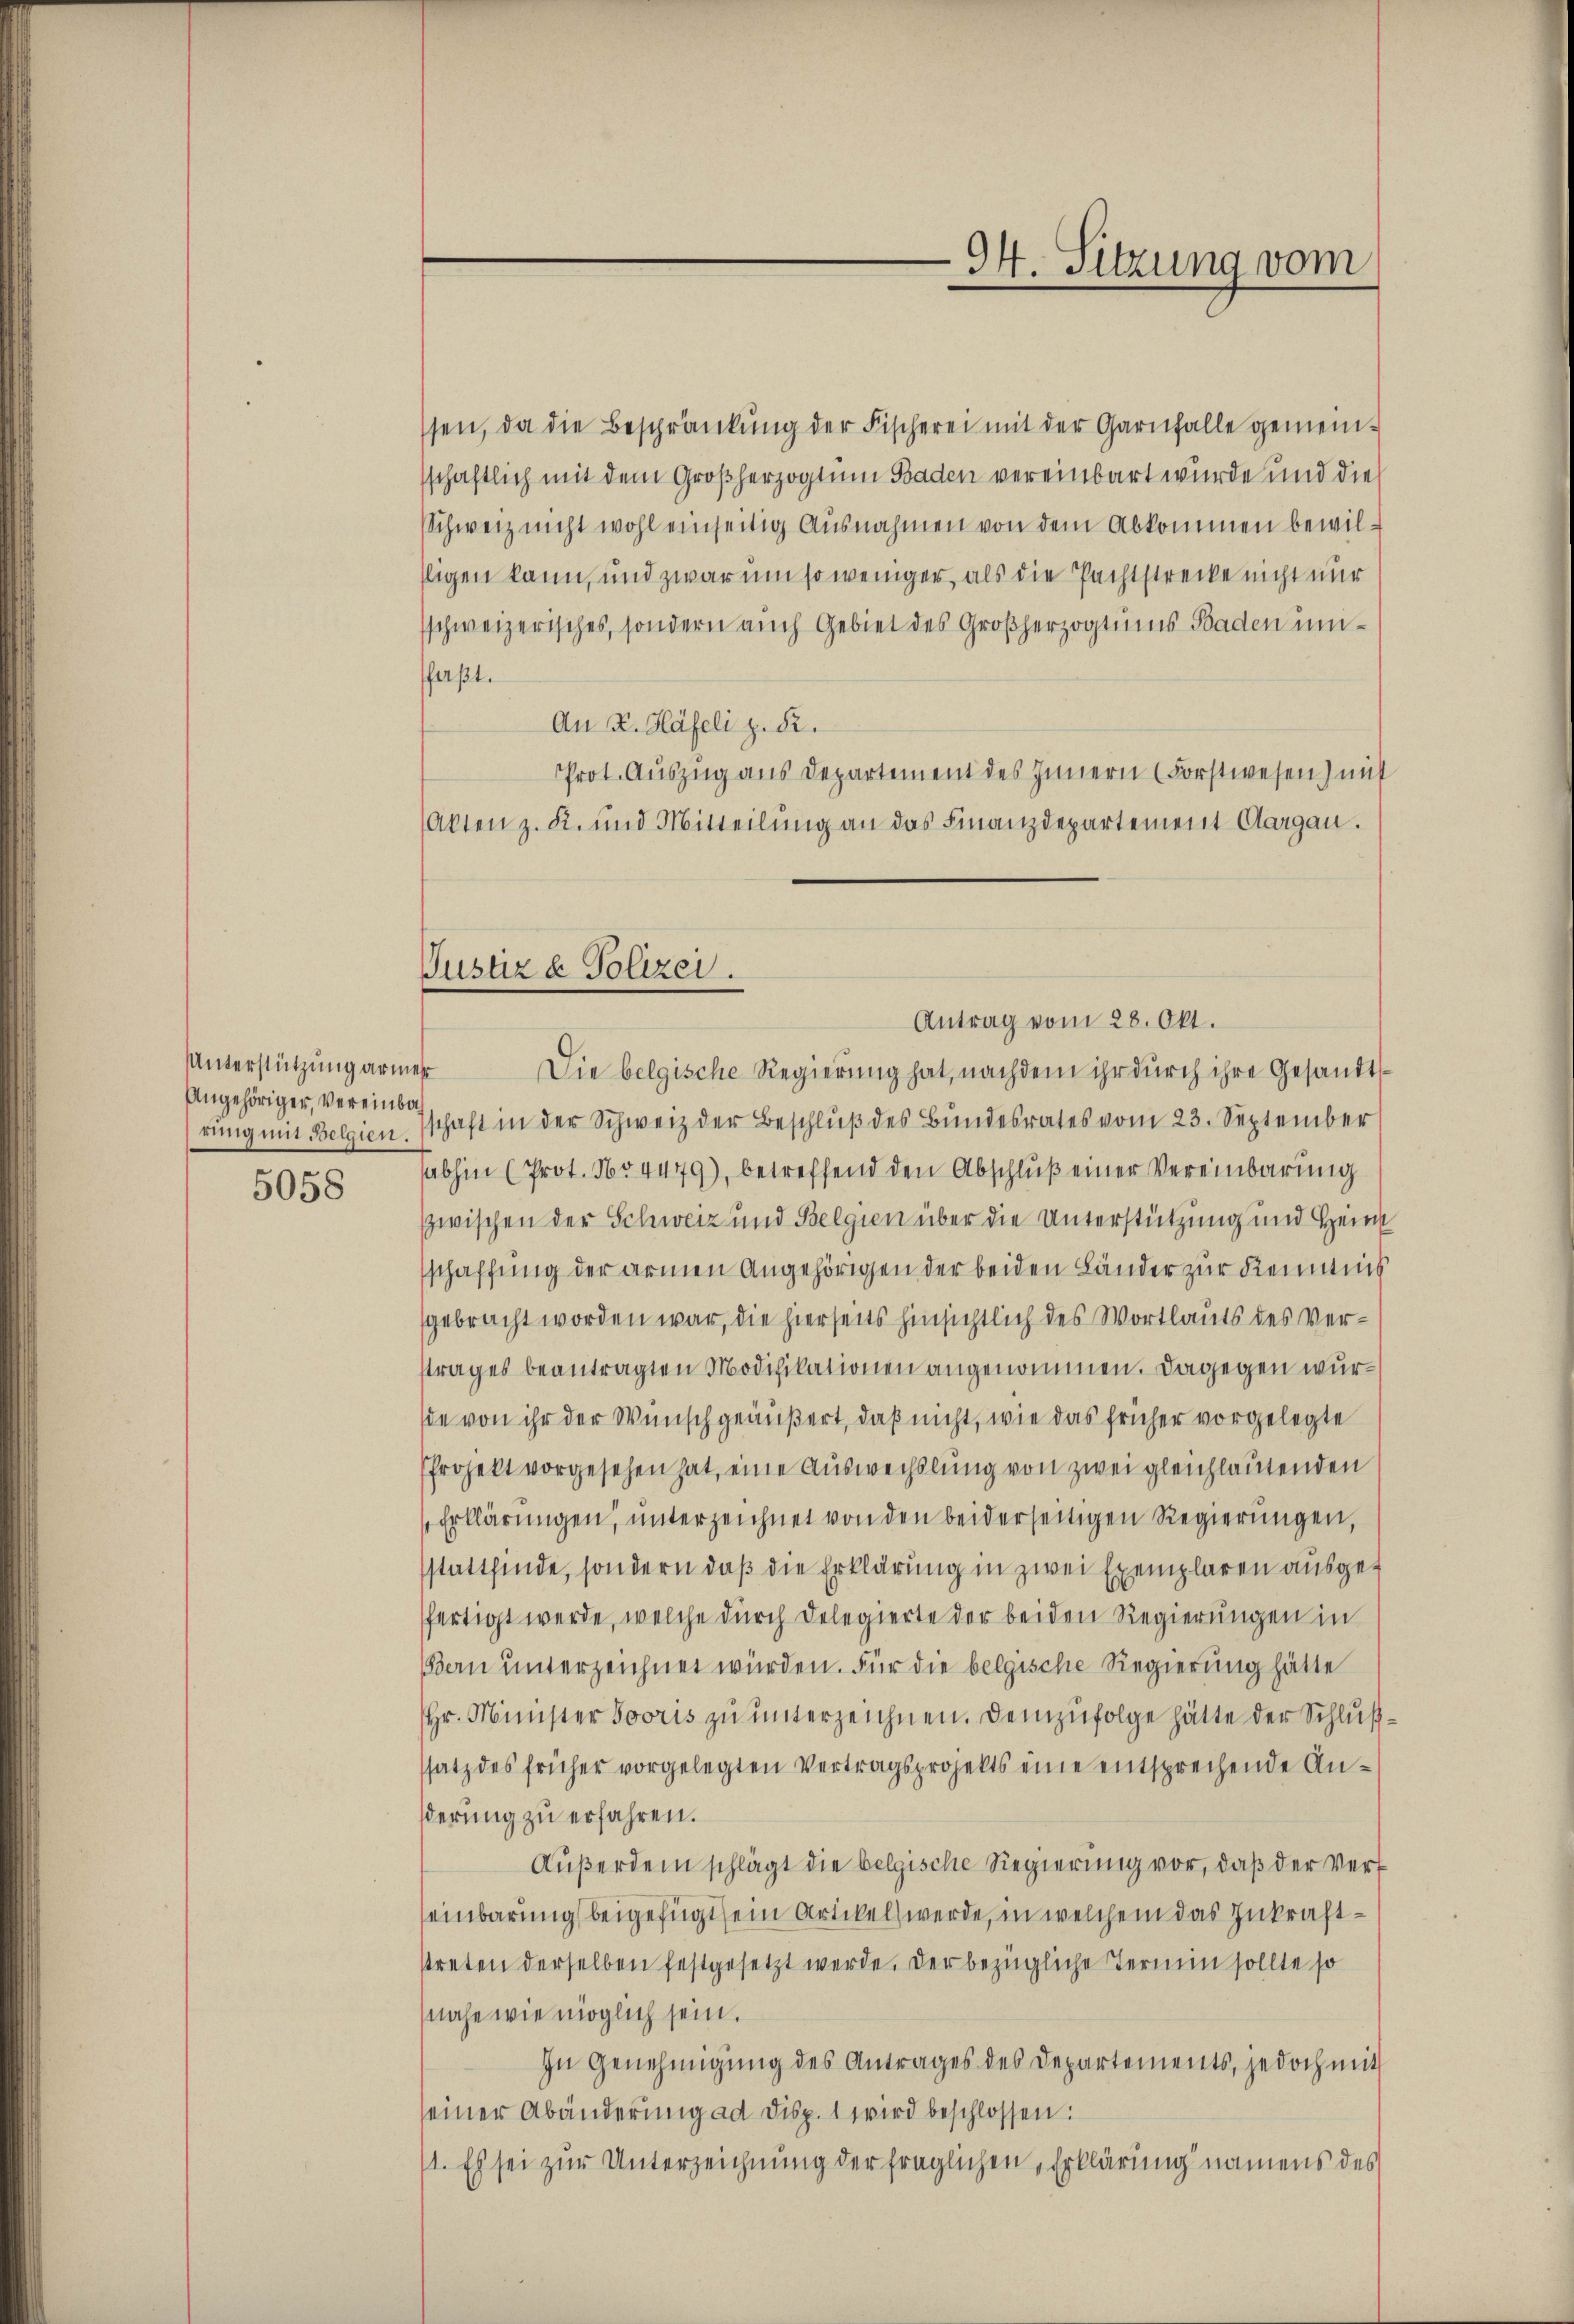
Unterstützung armer
Angehöriger, Vereinba
rung mit Belgien.
5058

Justiz & Polizei

ssen, da die Beschränkung der Fischerei mit der Garnfalle gemeinschaftlich mit dem Großherzogtum Baden vereinbart wurde und die
Schweiz nicht wohl einseitig Ausnahmen von dem Abkommen bewilfligen kann, und zwar um so weniger, als die Pachtstrecke nicht nur
schweizerisches, sondern auch Gebiet des Großherzogtums Baden umfaßt.
An K. Häfeli z. B.
Prot. Auszug aus Departement des Innern (Forstwesen) mit
(Akten z. K. und Mitteilung an das Finanzdepartement Aargau.
Antrag vom 28. Okt.
Die belgische Regierung hat, nachdem ihr durch ihre Gesandtschaft in der Schweiz der Beschluß des Bundesrates vom 23. September
sabhin (Prot. No 4479), betreffend den Abschluß einer Vereinbarung
zwischen der Schweiz und Belgien über die Unterstützung und Heim
schaffung der armen Angehörigen der beiden Länder zur Keimnis
gebracht worden war, die hierseits hinsichtlich des Wortlauts des Verstrages beantragten Modifikationen angenommen. Dagegen wursie von ihr der Wunsch geäußert, daß nicht, wie das früher vorgelegte
Projekt vorgesehen hat, eine Auswechslung von zwei gleichlautenden
Erklärungen, unterzeichnet von den beiderseitigen Regierungen,
stattfinde, sondern daß die Erklärung in zwei Exemplaren ausgefertigt werde, welche durch Delegierte der beiden Regierungen in
Bern unterzeichnet würden. Für die belgische Regierung hätte
hr. Minister Jooris zŭ ŭnterzeichnen. Demzufolge hätte der Schlußsatz des früher vorgelegten Vertragsprojekts eine entsprechende Anderung zu erfahren.
Außerdem schlägt die belgische Regierung vor, daß der Vereinbarung beigefügt sein Artikels werde, in welchem das Zukrafttreten derselben festgesetzt werde. Der bezügliche Termin sollte so
nahe wie möglich sein.
In Genehmigung des Antrages des Departements, jedoch mit
seiner Abänderung ad Disp. 1 wird beschlossen:
1. Es sei zur Unterzeichnung der fraglichen Erklärung namens des

94. Sitzung vom